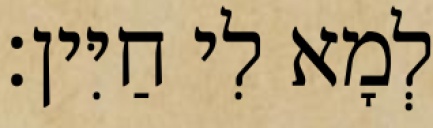
לְמָא לִי חַיִּין׃